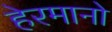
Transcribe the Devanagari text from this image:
हेरमानो